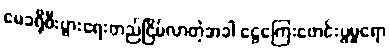
မေခရိုစီးပွားရေးတည်ငြိမ်လာတဲ့အခါ ငွေကြေးဖောင်းပွမှုရော